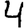
Digit: 4